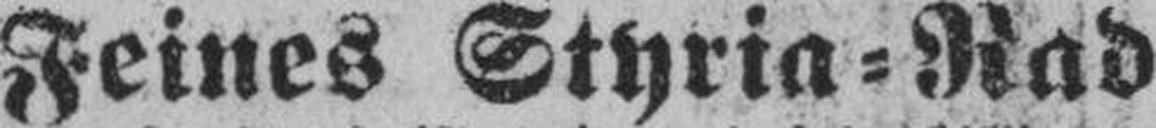
Feines Styria=Rad